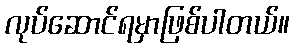
လုပ်ဆောင်ရမှာဖြစ်ပါတယ်။